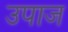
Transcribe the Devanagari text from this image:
उपाज